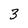
Character: 3